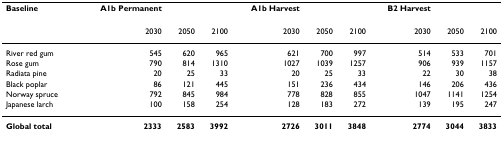
| Baseline | A1b Permanent |  |  | A1b Harvest |  |  | B2 Harvest |  |  |
 | --- | --- | --- | --- | --- | --- | --- | --- | --- | --- |
 |  | 2030 | 2050 | 2100 | 2030 | 2050 | 2100 | 2030 | 2050 | 2100 |
 | River red gum | 545 | 620 | 965 | 621 | 700 | 997 | 514 | 533 | 701 |
 | Rose gum | 790 | 814 | 1310 | 1027 | 1039 | 1257 | 906 | 939 | 1157 |
 | Radiata pine | 20 | 25 | 33 | 20 | 25 | 33 | 22 | 30 | 38 |
 | Black poplar | 86 | 121 | 445 | 151 | 236 | 434 | 146 | 206 | 436 |
 | Norway spruce | 792 | 845 | 984 | 778 | 828 | 855 | 1047 | 1141 | 1254 |
 | Japanese larch | 100 | 158 | 254 | 128 | 183 | 272 | 139 | 195 | 247 |
 | Global total | 2333 | 2583 | 3992 | 2726 | 3011 | 3848 | 2774 | 3044 | 3833 |